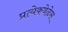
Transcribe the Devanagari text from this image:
प्रत्येकवेळेस